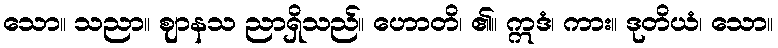
သော။ သညာ။ ဈာနသ ညာရှိသည်။ ဟောတိ၊ ၏။ ဣဒံ၊ ကား။ ဒုတိယံ၊ သော။